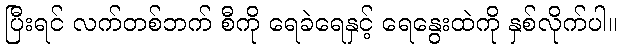
ပြီးရင် လက်တစ်ဘက် စီကို ရေခဲရေနှင့် ရေနွေးထဲကို နှစ်လိုက်ပါ။